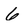
Character: 6